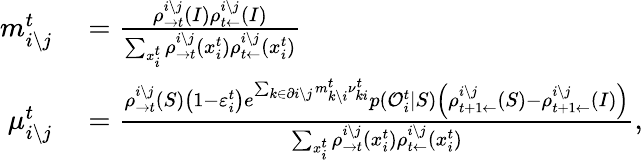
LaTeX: \begin{array}{rl}{m_{i\setminus j}^{t}}&{{}=\frac{\rho_{\rightarrow t}^{i\setminus j}(I)\rho_{t\leftarrow}^{i\setminus j}(I)}{\sum_{x_{i}^{t}}\rho_{\rightarrow t}^{i\setminus j}(x_{i}^{t})\rho_{t\leftarrow}^{i\setminus j}(x_{i}^{t})}}\\ {\mu_{i\setminus j}^{t}}&{{}=\frac{\rho_{\rightarrow t}^{i\setminus j}(S)\left(1-\varepsilon_{i}^{t}\right)e^{\sum_{k\in\partial i\setminus j}m_{k\setminus i}^{t}\nu_{ki}^{t}}p(\mathcal{O}_{i}^{t}|S)\left(\rho_{t+1\leftarrow}^{i\setminus j}(S)-\rho_{t+1\leftarrow}^{i\setminus j}(I)\right)}{\sum_{x_{i}^{t}}\rho_{\rightarrow t}^{i\setminus j}(x_{i}^{t})\rho_{t\leftarrow}^{i\setminus j}(x_{i}^{t})},}\end{array}